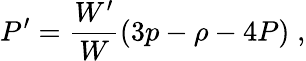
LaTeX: P^{\prime}=\frac{W^{\prime}}{W}(3p-\rho-4P)\; ,